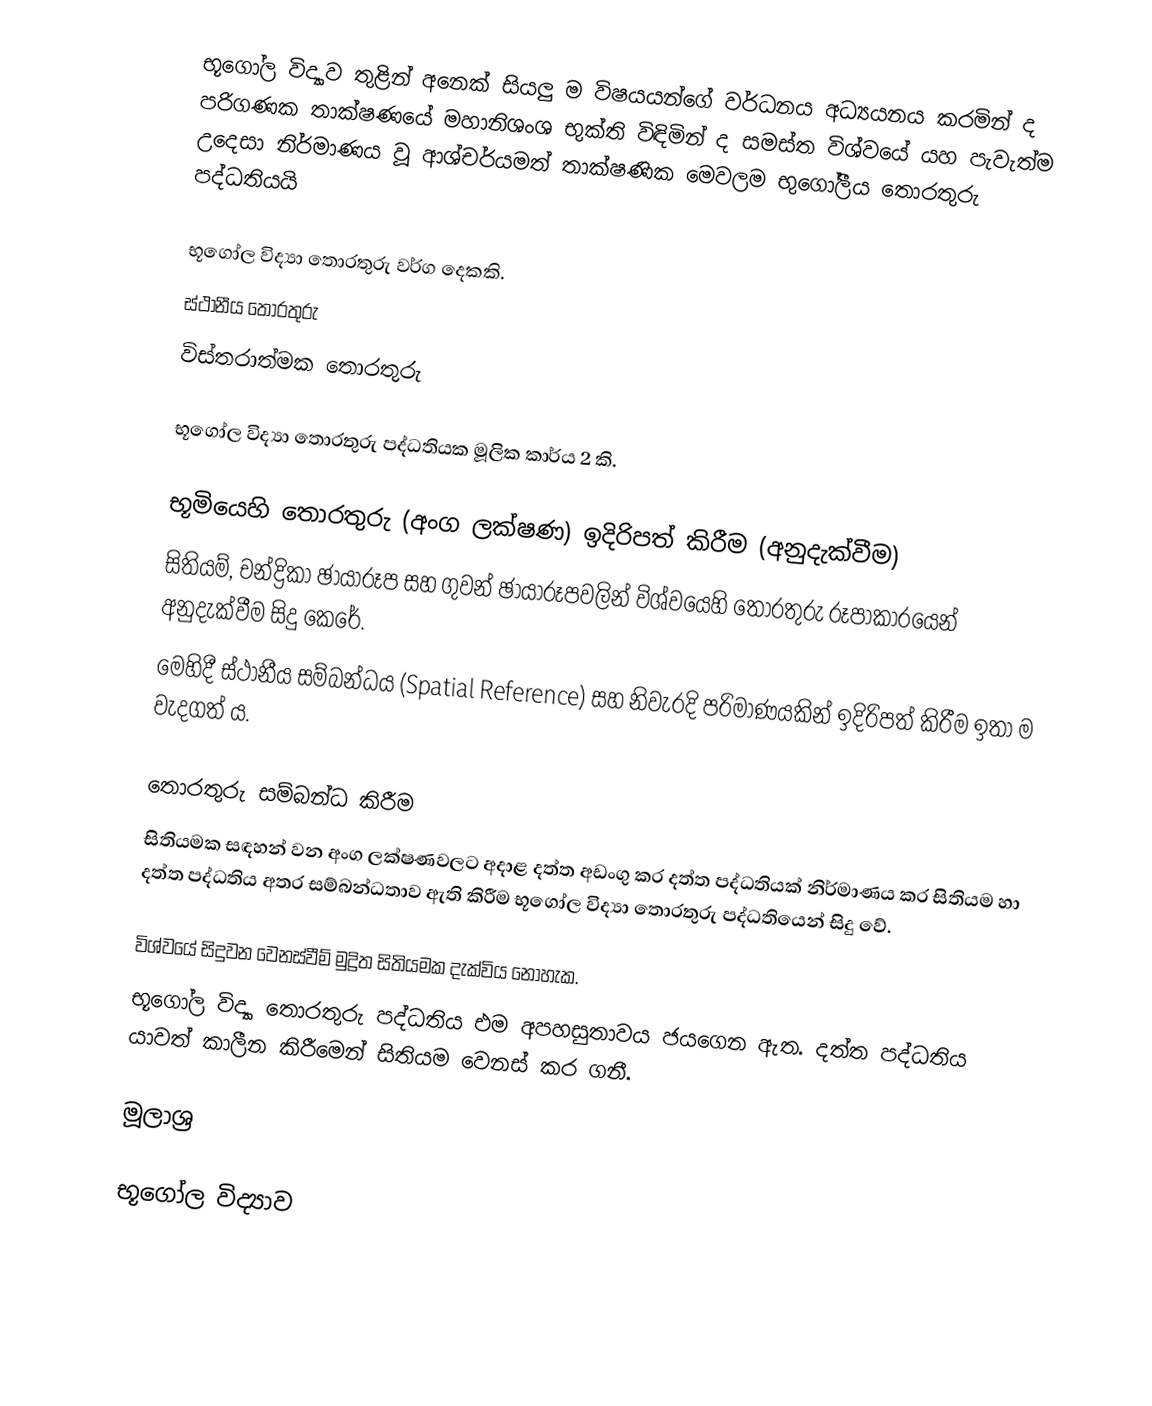
භූගෝල විද්‍යාව තුළින් අනෙක් සියලු ම විෂයයන්ගේ වර්ධනය අධ්‍යයනය කරමින් ද පරිගණක තාක්ෂණයේ මහානිශංශ භුක්ති විඳිමින් ද ‍සමස්ත විශ්වයේ යහ පැවැත්ම උ‍දෙසා නිර්මාණය වූ ආශ්චර්යමත් තාක්ෂණික මෙවලම භුගෝලීය තොරතුරු පද්ධතියයි

භූගෝල විද්‍යා තොරතුරු වර්ග දෙකකි.
 ස්ථානීය තොරතුරු
 විස්තරාත්මක තොරතුරු

භූගෝල විද්‍යා තොරතුරු පද්ධතියක මූලික කාර්ය 2 කි.

 භූමියෙහි තොරතුරු (අංග ලක්ෂණ) ඉදිරිපත් කිරීම (අනුදැක්වීම)
සිතියම්, චන්ද්‍රිකා ඡායාරූප සහ ගුවන් ඡායාරූපවලින් විශ්වයෙහි තොරතුරු රූපාකාරයෙන් අනුදැක්වීම සිදු කෙරේ.
මෙහිදී ස්ථානීය සම්බන්ධය (Spatial Reference) සහ නිවැරදි පරිමාණයකින් ඉදිරිපත් කිරීම ඉතා ම වැදගත් ය.

 තොරතුරු සම්බන්ධ කිරීම
සිතියමක සඳහන් වන අංග ලක්ෂණවලට අදාළ දත්ත අඩංගු කර දත්ත පද්ධතියක් නිර්මාණය කර සිතියම හා දත්ත පද්ධතිය අතර සම්බන්ධතාව ඇති කිරීම භූගෝල විද්‍යා තොරතුරු පද්ධතියෙන් සිදු වේ.

විශ්වයේ සිදුවන වෙනස්වීම් මුද්‍රිත සිතියමක දැක්විය නොහැක.
භූගෝල විද්‍යා තොරතුරු පද්ධතිය එම අපහසුතාවය ජයගෙන ඇත. දත්ත පද්ධතිය යාවත් කාලීන කිරීමෙන් සිතියම වෙනස් කර ගනී.

මූලාශ්‍ර

භූගෝල විද්‍යාව